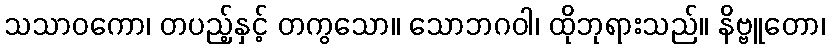
သသာဝကော၊ တပည့်နှင့် တကွသော။ သောဘဂဝါ၊ ထိုဘုရားသည်။ နိဗ္ဗူတော၊